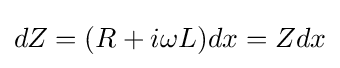
dZ=(R+i\omega L)dx=Zdx